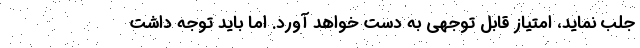
جلب نماید، امتیاز قابل توجهی به دست خواهد آورد. اما باید توجه داشت